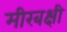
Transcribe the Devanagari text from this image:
मीरबक्षी